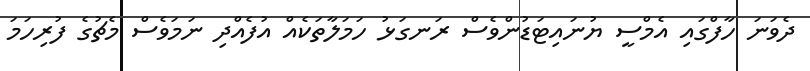
ދެވަނަ ހާފްގައި އެމްސީ ޔުނައިޓަޑުންވެސް ރަނގަޅު ހަމަލާތަކެއް އުފެއްދި ނަމަވެސް މެޗުގެ ފުރިހަމަ